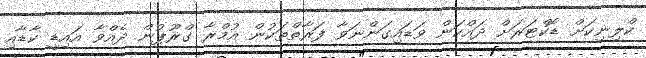
ކްލިނިކަށް ޑޮކްޓަރަށް ދައްކަން ވަޑައިގަންނަވާ ފަރާތްތަކުން އުމްރާ ގްރޫޕުން ދެއްވާ އައިޑީ ކާޑާއި